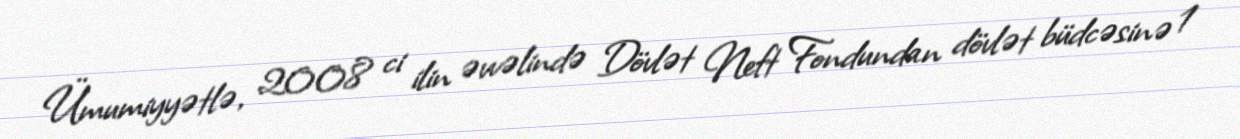
Ümumiyyətlə, 2008 ci ilin əvvəlində Dövlət Neft Fondundan dövlət büdcəsinə 1